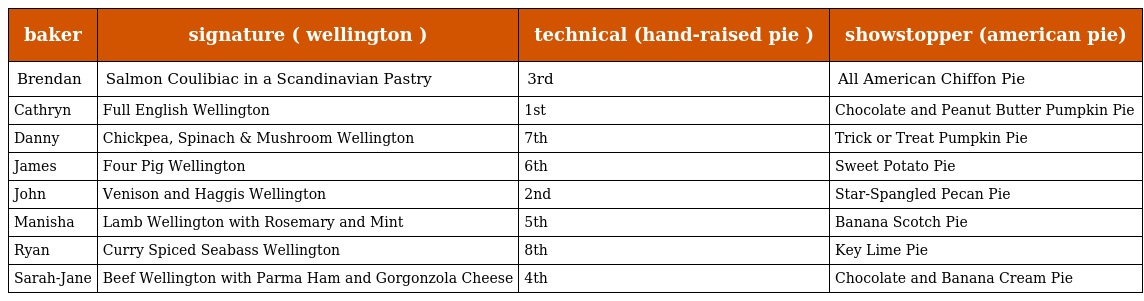
| baker | signature ( wellington ) | technical (hand-raised pie ) | showstopper (american pie) |
 | --- | --- | --- | --- |
 | Brendan | Salmon Coulibiac in a Scandinavian Pastry | 3rd | All American Chiffon Pie |
 | Cathryn | Full English Wellington | 1st | Chocolate and Peanut Butter Pumpkin Pie |
 | Danny | Chickpea, Spinach & Mushroom Wellington | 7th | Trick or Treat Pumpkin Pie |
 | James | Four Pig Wellington | 6th | Sweet Potato Pie |
 | John | Venison and Haggis Wellington | 2nd | Star-Spangled Pecan Pie |
 | Manisha | Lamb Wellington with Rosemary and Mint | 5th | Banana Scotch Pie |
 | Ryan | Curry Spiced Seabass Wellington | 8th | Key Lime Pie |
 | Sarah-Jane | Beef Wellington with Parma Ham and Gorgonzola Cheese | 4th | Chocolate and Banana Cream Pie |